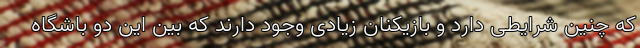
که چنین شرایطی دارد و بازیکنان زیادی وجود دارند که بین این دو باشگاه